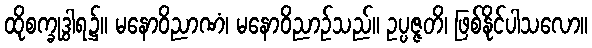
ထိုစက္ခုဒွါရ၌။ မနောဝိညာဏံ၊ မနောဝိညာဉ်သည်။ ဥပ္ပဇ္ဇတိ၊ ဖြစ်နိုင်ပါသလော။